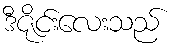
ဒီဇိုင်းလေးသည်